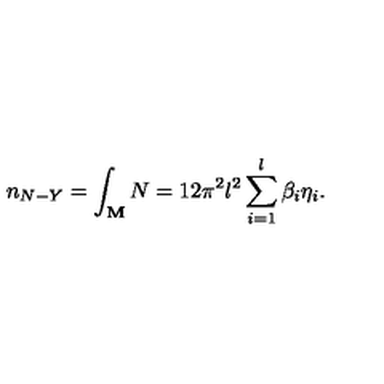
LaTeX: n _ { N - Y } = \int _ { { \bf M } } N = 1 2 \pi ^ { 2 } l ^ { 2 } \sum _ { i = 1 } ^ { l } \beta _ { i } \eta _ { i } .